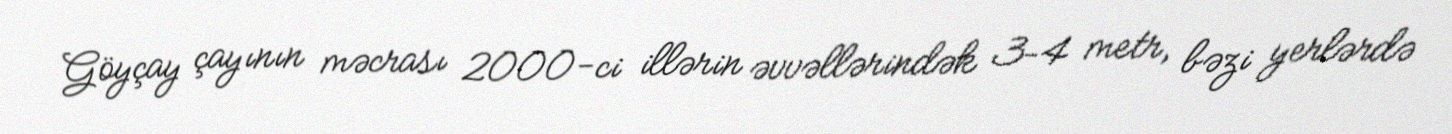
Göyçay çayının məcrası 2000-ci illərin əvvəllərindək 3–4 metr, bəzi yerlərdə